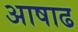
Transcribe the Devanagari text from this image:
अाषाढ